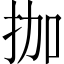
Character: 拁